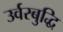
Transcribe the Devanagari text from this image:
उर्वरबुद्धि